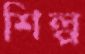
শিল্প